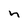
Character: h